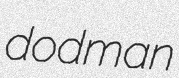
dodman